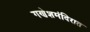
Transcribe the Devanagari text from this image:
गणेशमंदिरात